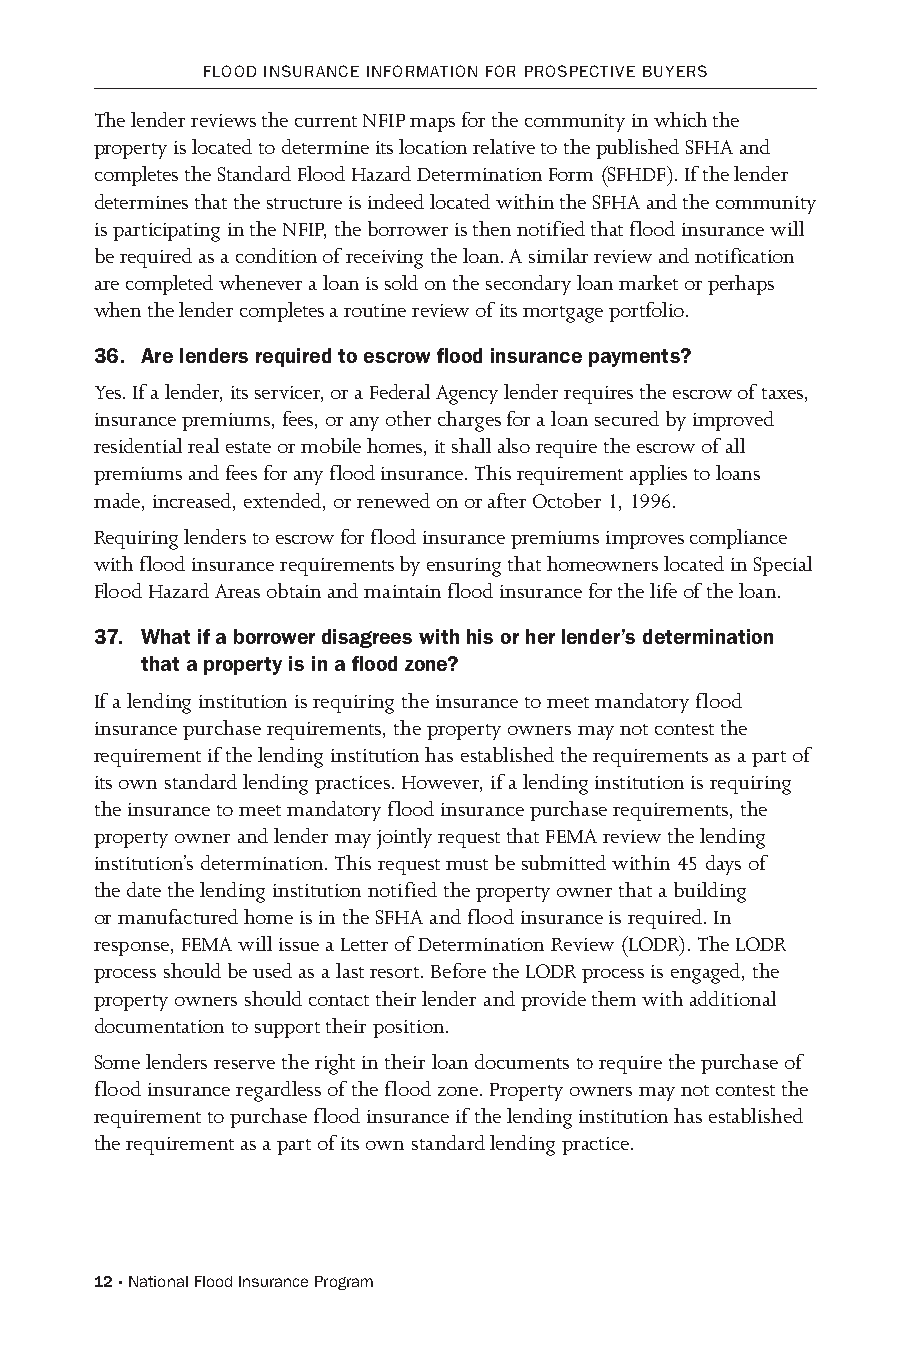
FLooD INsuRANCE INFoRMATIoN FoR PRosPECTIvE BuYERs
 The lender reviews the current NFIP maps for the community in which the
 property is located to determine its location relative to the published SFHA and
 completes the Standard Flood Hazard Determination Form (SFHDF). If the lender
 determines that the structure is indeed located within the SFHA and the community
 is participating in the NFIP, the borrower is then notified that flood insurance will
 be required as a condition of receiving the loan. A similar review and notification
 are completed whenever a loan is sold on the secondary loan market or perhaps
 when the lender completes a routine review of its mortgage portfolio.
 36. Are lenders required to escrow flood insurance payments?
 Yes. If a lender, its servicer, or a Federal Agency lender requires the escrow of taxes,
 insurance premiums, fees, or any other charges for a loan secured by improved
 residential real estate or mobile homes, it shall also require the escrow of all
 premiums and fees for any flood insurance. This requirement applies to loans
 made, increased, extended, or renewed on or after October 1, 1996.
 Requiring lenders to escrow for flood insurance premiums improves compliance
 with flood insurance requirements by ensuring that homeowners located in Special
 Flood Hazard Areas obtain and maintain flood insurance for the life of the loan.
 37. What if a borrower disagrees with his or her lender’s determination
 that a property is in a flood zone?
 If a lending institution is requiring the insurance to meet mandatory flood
 insurance purchase requirements, the property owners may not contest the
 requirement if the lending institution has established the requirements as a part of
 its own standard lending practices. However, if a lending institution is requiring
 the insurance to meet mandatory flood insurance purchase requirements, the
 property owner and lender may jointly request that FEMA review the lending
 institution’s determination. This request must be submitted within 45 days of
 the date the lending institution notified the property owner that a building
 or manufactured home is in the SFHA and flood insurance is required. In
 response, FEMA will issue a Letter of Determination Review (LODR). The LODR
 process should be used as a last resort. Before the LODR process is engaged, the
 property owners should contact their lender and provide them with additional
 documentation to support their position.
 Some lenders reserve the right in their loan documents to require the purchase of
 flood insurance regardless of the flood zone. Property owners may not contest the
 requirement to purchase flood insurance if the lending institution has established
 the requirement as a part of its own standard lending practice.
 12 · National Flood Insurance Program